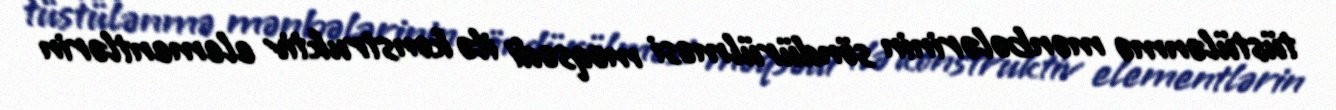
tüstülənmə mənbələrinin söndürülməsi məqsədi ilə konstruktiv elementlərin